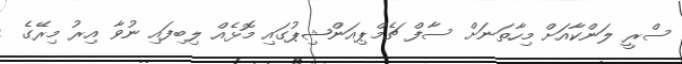
ސްރީ ލަންކާއަށް މިހާތަނަށް ސާފް ޗެމްޕިއަންޝިޕުގައި މޮޅެއް ލިބިފައި ނުވާ އިރު މިރޭގެ